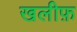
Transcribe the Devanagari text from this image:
खलीफ़